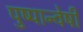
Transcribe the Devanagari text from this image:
पुष्पान्वेषी